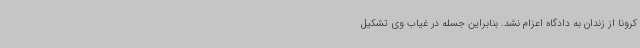
کرونا از زندان به دادگاه اعزام نشد. بنابراین جسله در غیاب وی تشکیل